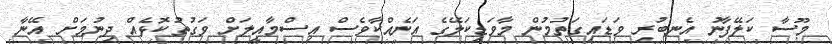
މޫސާ ކަލޭފާނު އެނބުރި ވަޑައިގަތުމުން މާވަޑިކަލޭގެ އަނެއްކާވެސް އިސްމާއީލަށް ވަގުތުކޮޅެއް ދިނުމަށް އޭނާ